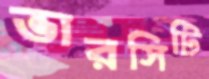
ভারসিটি